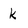
Character: k